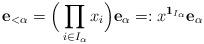
LaTeX: \begin{align*}\mathbf{e}_{<\alpha}=\Big(\prod_{i\in I_\alpha}x_i\Big)\mathbf{e}_\alpha=:x^{{\bf1}_{I_\alpha}}\mathbf{e}_\alpha\end{align*}